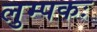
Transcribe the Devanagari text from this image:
लुम्पकः